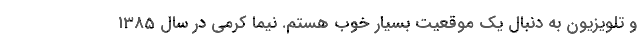
و تلویزیون به دنبال یک موقعیت بسیار خوب هستم. نیما کرمی در سال 1385